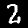
Digit: 2